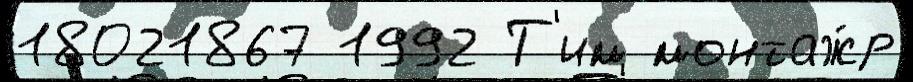
18021867 1992 Т'им монтаж́р